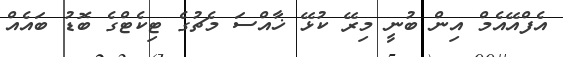
އެފްއޭއެމް އިން ބުނީ މިރޭ ކުޅޭ ޚާއްސަ މެޗުގެ ޓިކެޓްގެ ބޮޑު ބައެއް